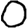
Digit: 0